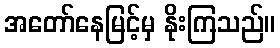
အတော်နေမြင့်မှ နိုးကြသည်။